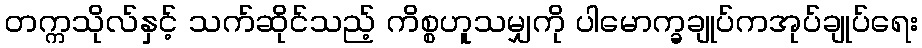
တက္ကသိုလ်နှင့် သက်ဆိုင်သည့် ကိစ္စဟူသမျှကို ပါမောက္ခချုပ်ကအုပ်ချုပ်ရေး